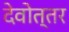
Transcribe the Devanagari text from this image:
देवोत्तर